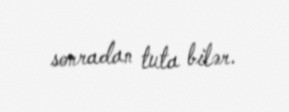
sonradan tuta bilər.